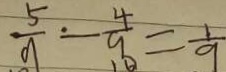
\frac { 5 } { 9 } - \frac { 4 } { 9 } = \frac { 1 } { 9 }